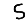
Digit: 5